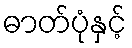
ဓာတ်ပုံနှင့်